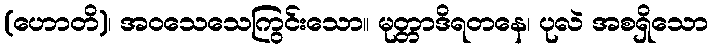
(ဟောတိ)၊ အဝသေသေကြွင်းသော။ မုတ္တာဒိရတနေ၊ ပုလဲ အစရှိသော